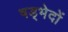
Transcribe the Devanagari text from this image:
षड्भेदों